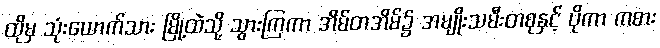
ထိုမှ သုံးယောက်သား မြို့ထဲသို့ သွားကြကာ အိမ်တအိမ်၌ အမျိုးသမီးတစုနှင့် ပိုကာ ကစား